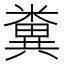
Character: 糞